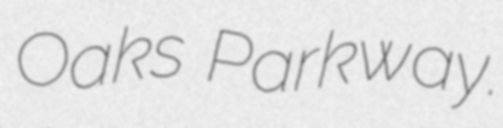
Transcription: Oaks Parkway.